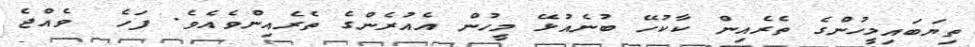
ތިޔަބައިމީހުންގެ ތެރެއިން ކާކުހޭ ބުނެއުޅޭ މީހުން އެއުރެންގެ ތެރެއިންވެއެވެ. ފަހެ  ވެއްޖެ